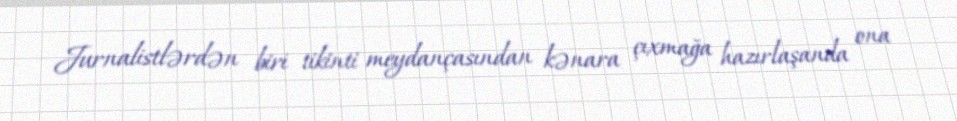
Jurnalistlərdən biri tikinti meydançasından kənara çıxmağa hazırlaşanda ona